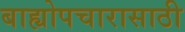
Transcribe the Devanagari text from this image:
बाह्योपचारासाठी